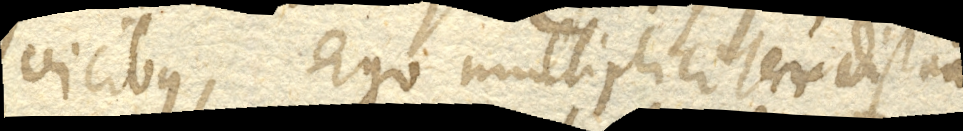
vicibus, ergo multipliciter distantia